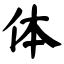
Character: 体